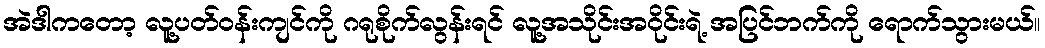
အဲဒါကတော့ လူ့ပတ်ဝန်းကျင်ကို ဂရုစိုက်လွန်းရင် လူ့အသိုင်းအဝိုင်းရဲ့ အပြင်ဘက်ကို ရောက်သွားမယ်။